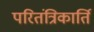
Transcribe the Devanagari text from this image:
परितंत्रिकार्ति